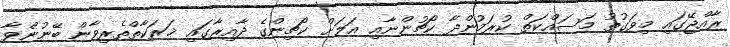
ރާއްޖޭގައި މިވަގުތު މަސައްކަތް ކުރަމުންދާ ކޯޗުންނާއި އަލަށް ކޯޗިންގެ ދާއިރާގައި ޚަރަކާތްތެރިވާން ބޭނުންވާ